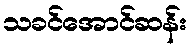
သခင်အောင်ဆန်း